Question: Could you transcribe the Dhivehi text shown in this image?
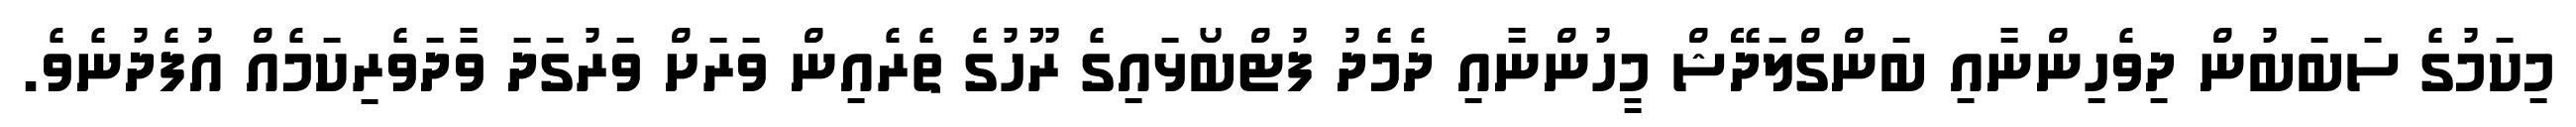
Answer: މިކަމުގެ ސަބަބުން ދިވެހިންނާއި ބަންގްލަދޭޝް މީހުންނާއި ދެމެދު ފުޓްބޯޅައިގެ ރޫހުގެ ތެރެއިން ވަރަށް ވަރުގަދަ ވާދަވެރިކަމެއް އުފެދުނެވެ.